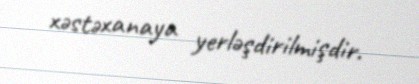
xəstəxanaya yerləşdirilmişdir.